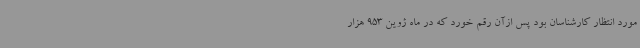
مورد انتظار کارشناسان بود پس ازآن رقم خورد که در ماه ژوین 953 هزار